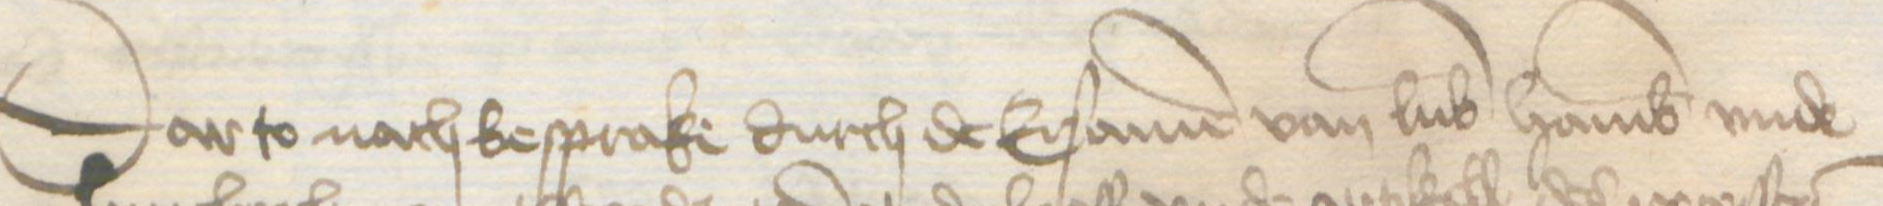
Darto nach besprake durch de Ersamen van Lubek Hamburg vnde